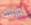
ورائه